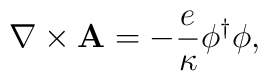
{\bf \nabla} \times {\bf A}=-\frac{e}{\kappa}\phi^{\dagger}\phi,